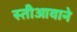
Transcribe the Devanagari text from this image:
स्तीआवाने